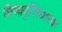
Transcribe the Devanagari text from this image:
शिष्यवृत्तिधारक